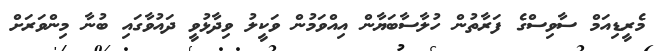
މެރީޑިއަމް ސާވިސްގެ ފަރާތުން ހުލާސާބަޔާން އިއްވަމުން ވަކީލު ވިދާޅުވީ ދައުވާގައި ބުނާ މިންވަރަށް